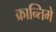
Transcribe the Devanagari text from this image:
क्रान्तिमे